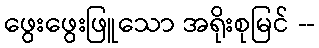
ဖွေးဖွေးဖြူသော အရိုးစုမြင် --